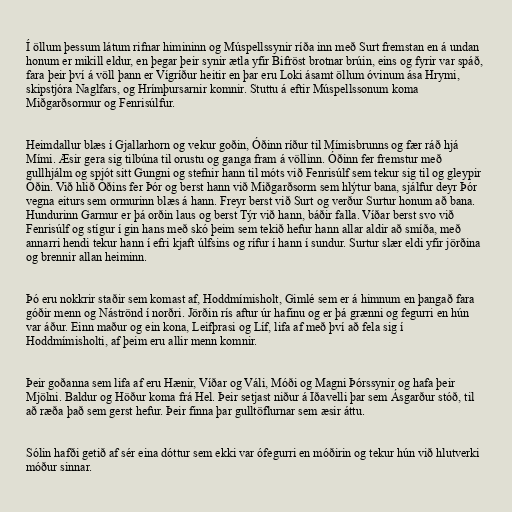
Í öllum þessum látum rifnar himininn og Múspellssynir ríða inn með Surt fremstan en á undan
honum er mikill eldur, en þegar þeir synir ætla yfir Bifröst brotnar brúin, eins og fyrir var spáð,
fara þeir því á völl þann er Vígríður heitir en þar eru Loki ásamt öllum óvinum ása Hrymi,
skipstjóra Naglfars, og Hrímþursarnir komnir. Stuttu á eftir Múspellssonum koma
Miðgarðsormur og Fenrisúlfur.

Heimdallur blæs í Gjallarhorn og vekur goðin, Óðinn ríður til Mímisbrunns og fær ráð hjá
Mími. Æsir gera sig tilbúna til orustu og ganga fram á völlinn. Óðinn fer fremstur með
gullhjálm og spjót sitt Gungni og stefnir hann til móts við Fenrisúlf sem tekur sig til og gleypir
Óðin. Við hlið Óðins fer Þór og berst hann við Miðgarðsorm sem hlýtur bana, sjálfur deyr Þór
vegna eiturs sem ormurinn blæs á hann. Freyr berst við Surt og verður Surtur honum að bana.
Hundurinn Garmur er þá orðin laus og berst Týr við hann, báðir falla. Víðar berst svo við
Fenrisúlf og stígur í gin hans með skó þeim sem tekið hefur hann allar aldir að smíða, með
annarri hendi tekur hann í efri kjaft úlfsins og rífur í hann í sundur. Surtur slær eldi yfir jörðina
og brennir allan heiminn.

Þó eru nokkrir staðir sem komast af, Hoddmímisholt, Gimlé sem er á himnum en þangað fara
góðir menn og Náströnd í norðri. Jörðin rís aftur úr hafinu og er þá grænni og fegurri en hún
var áður. Einn maður og ein kona, Leifþrasi og Líf, lifa af með því að fela sig í
Hoddmímisholti, af þeim eru allir menn komnir.

Þeir goðanna sem lifa af eru Hænir, Víðar og Váli, Móði og Magni Þórssynir og hafa þeir
Mjölni. Baldur og Höður koma frá Hel. Þeir setjast niður á Iðavelli þar sem Ásgarður stóð, til
að ræða það sem gerst hefur. Þeir finna þar gulltöflurnar sem æsir áttu.

Sólin hafði getið af sér eina dóttur sem ekki var ófegurri en móðirin og tekur hún við hlutverki
móður sinnar.